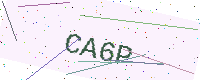
Text: CA6P